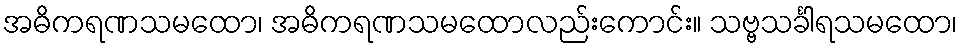
အဓိကရဏသမထော၊ အဓိကရဏသမထောလည်းကောင်း။ သဗ္ဗသင်္ခါရသမထော၊